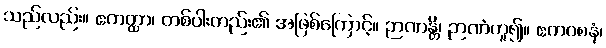
သည်လည်း။ ဧကတ္ထာ၊ တစ်ပါးတည်း၏ အဖြစ်ကြောင့်။ ဉာဏန္တိ၊ ဉာဏံဟူ၍။ ဧကဝစနံ၊